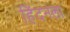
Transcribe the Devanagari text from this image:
हिंदनला